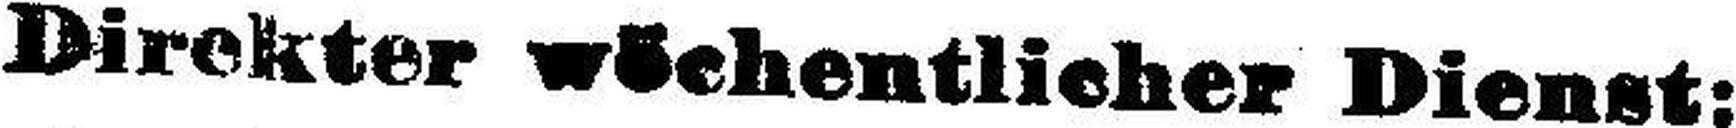
Direkter wöchentlicher Dienst: